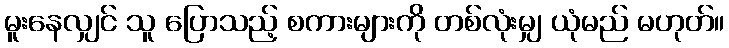
မူးနေလျှင် သူ ပြောသည့် စကားများကို တစ်လုံးမျှ ယုံမည် မဟုတ်။